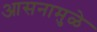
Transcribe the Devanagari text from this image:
आसनामुळे